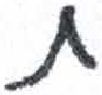
אות: ת